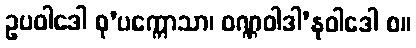
ဥပဝါဒေါ စု’ပက္ကောသာ၊ ဝဏ္ဏဝါဒါ’နုဝါဒေါ စ။